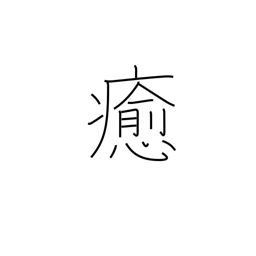
Meaning: wreak